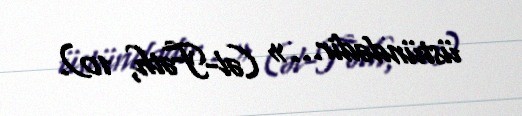
üstündədir...» (əl-Fəth, 10).